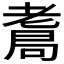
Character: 𦓁